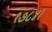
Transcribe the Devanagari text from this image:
१७८४।